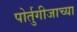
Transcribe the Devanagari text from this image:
पोर्तुगीजाच्या